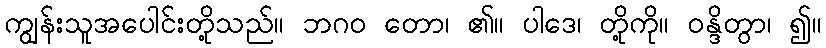
ကျွန်းသူအပေါင်းတို့သည်။ ဘဂဝ တော၊ ၏။ ပါဒေ၊ တို့ကို။ ဝန္ဒိတွာ၊ ၍။